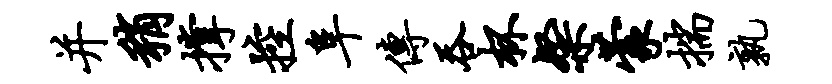
并稍撑控阜传吞杯粲蒙揣孰